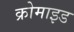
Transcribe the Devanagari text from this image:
क्रोमाइड